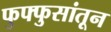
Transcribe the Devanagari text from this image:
फुफ्फुसांतून